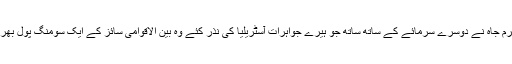
کہتے ہیں مکرم جاہ نے دوسرے سرمائے کے ساتھ ساتھ جو ہیرے جواہرات آسٹریلیا کی نذر کئے وہ بین الاقوامی سائز کے ایک سومنگ پول بھر سکتے تھے۔